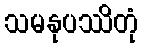
သမနုပဿိတုံ